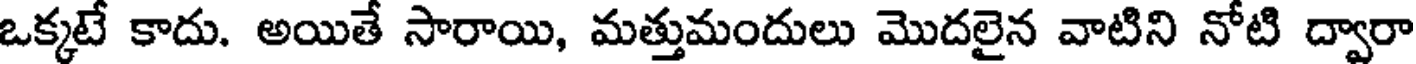
ఒక్కటే కాదు. అయితే సారాయి, మత్తుమందులు మొదలైన వాటిని నోటి ద్వారా